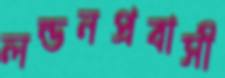
লন্ডনপ্রবাসী